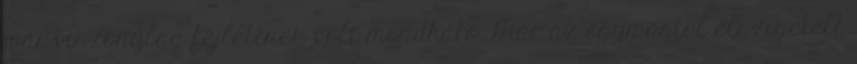
már viszonylag fejlettnek volt mondható. Már az egymástól elszigetelt